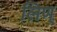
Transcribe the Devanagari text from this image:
लिण्